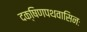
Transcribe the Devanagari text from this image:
दक्षिणपथवासिनः